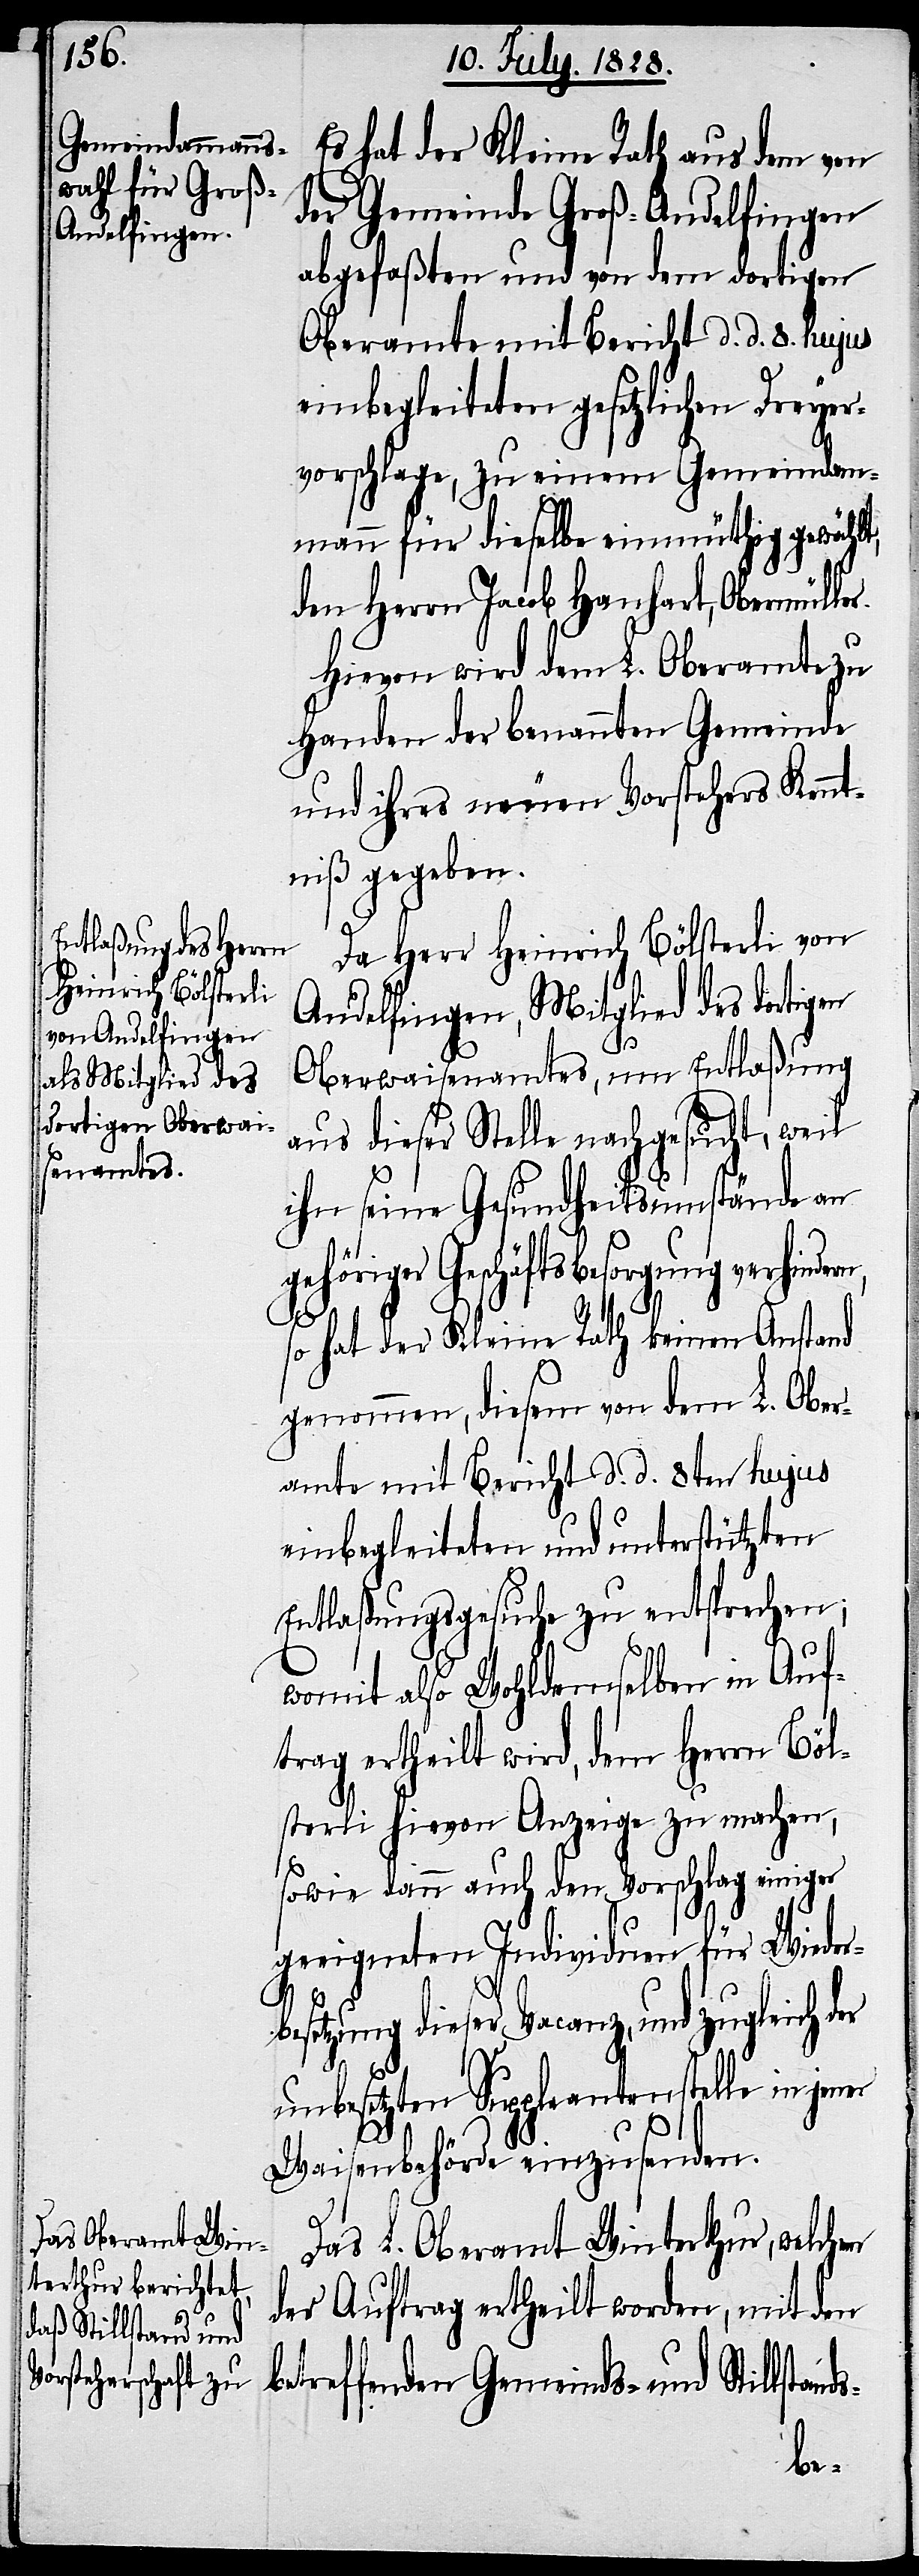
Es hat der Kleine Rath aus dem von
der Gemeinde Groß-Andelfingen
abgefaßten und von dem dortigen
Oberamte mit Bericht d. d. 8. hujus
einbegleiteten gesetzlichen Dreyer¬
vorschlage, zu einem Gemeindam¬
mann für dieselbe einmüthig gewählt,
den Herrn Jacob Hanhart, Obermülle¬
Hievon wird dem L. Oberamte zu
Handen der benannten Gemeinde
und ihres neuen Vorstehers Kennt¬
niß gegeben.
Da Herr Heinrich Bölsterli von
Andelfingen, Mitglied des dortigen
Oberwaisenamtes, um Entlaßung
aus dieser Stelle nachgesucht, weil
ihn seine Gesundheitsumstände an
gehöriger Geschäftsbesorgung verhinde¬
rn,
so hat der Kleine Rath keinen Anstand
genommen, diesem von dem L. Ober¬
amte mit Bericht d. d. 8ten hujus
einbegleiteten und unterstützen
Entlaßungsgesuche zu entsprechen;
womit also Wohlderselben in Auf¬
trag ertheilt wird, dem Herrn Böl¬
sterli hievon Anzeige zu machen,
sowie dann auch den Vorschlag einiger
geeigneter Individuen für Wieder¬
setzung dieser Vacanz, und
unbesetzten Suppleantenstelle in
Waisenbehörde einzusenden.
Das L. Oberamt Winterthur, welchem
der Auftrag ertheilt worden, mit den
betreffenden Gemeinds- und Stillsta¬
nds-